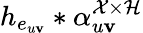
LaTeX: h_{e_{u\mathbf{v}}}*\alpha_{u\mathbf{v}}^{\mathcal{{X}}\times\mathcal{{H}}}